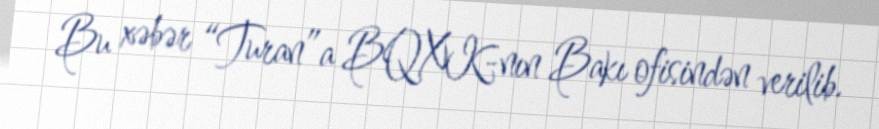
Bu xəbər “Turan”a BQXK-nın Bakı ofisindən verilib.